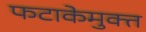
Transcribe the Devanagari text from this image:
फटाकेमुक्त